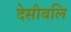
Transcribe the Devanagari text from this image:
देसीबलि